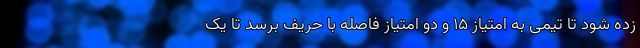
زده شود تا تیمی به امتیاز 15 و دو امتیاز فاصله با حریف برسد تا یک